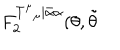
LaTeX: F _ { 2 } ^ { T _ { \; \; \mu } ^ { \mu } | \bar { \alpha } \alpha } ( \theta , \tilde { \theta }